Scottish Leaving Certificate Examination, 1957
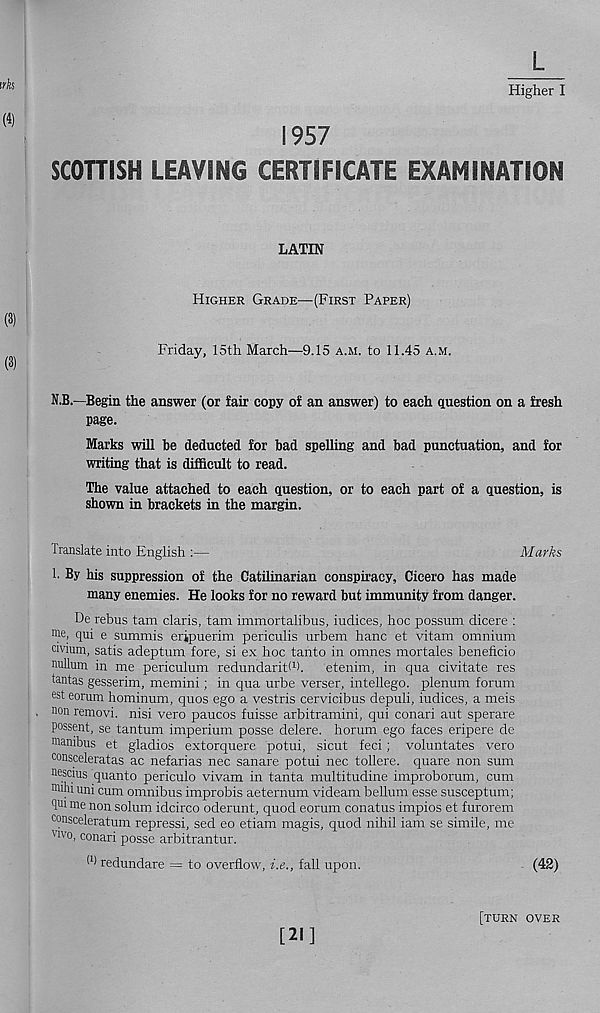
Higher I
1957
SCOHISH LEAVING CERTIFICATE EXAMINATION
LATIN
Higher Grade—(First Paper)
Friday, 15th March—9.15 a.m. to 11.45 a.m.
N.B.—Begin the answer (or fair copy of an answer) to each question on a fresh
page.
Marks will be deducted for bad spelling and bad punctuation, and for
writing that is difficult to read.
The value attached to each question, or to each part of a question, is
shown in brackets in the margin.
Translate into English :—
Marks
h By his suppression of the Catilinarian conspiracy, Cicero has made
many enemies. He looks for no reward but immunity from danger.
De rebus tam Claris, tam immortalibus, indices, hoc possum dicere :
Me, qui e summis erjpuerim periculis urbem hanc et vitam omnium
cmum, satis adeptum fore, si ex hoc tanto in omnes mortales beneficio
nullum in me periculum redundaritW. etenim, in qua civitate res
tantas gesserim, memini; in qua urbe verser, intellego. plenum forum
est eorum hominum, quos ego a vestris cervicibus depuli, iudices, a meis
non removi. nisi vero paucos fuisse arbitramini, qui conari aut sperare
possent, se tantum imperium posse delere. horum ego faces eripere de
manibus et gladios extorquere potui, sicut feci; voluntates vero
consceleratas ac nefarias nec sanare potui nec tollere. quare non sum
nescms quanto periculo vivam in tanta multitudine improborum, cum
mihiuni cum omnibus improbis aeternum videam bellum esse susceptum;
qui me non solum idcirco oderunt, quod eorum conatus impios et furorem
consceleratum repress!, sed eo etiam magis, quod nihil iam se simile, me
"vo, conari posse arbitrantur.
W redundare = to overflow, i.e., fall upon.
(42)
[21]
[turn over